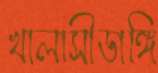
খালাসীডাঙ্গি